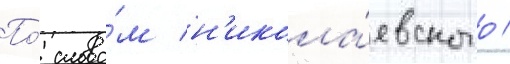
По́ слова́м н'икола́евского /